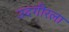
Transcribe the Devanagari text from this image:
उदगीरला